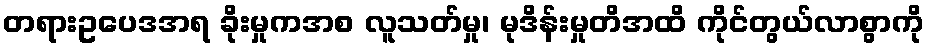
တရားဥပေဒအရ ခိုးမှုကအစ လူသတ်မှု၊ မုဒိန်းမှုတိအထိ ကိုင်တွယ်လာစွာကို